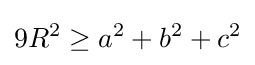
9R^{2}\geq a^{2}+b^{2}+c^{2}